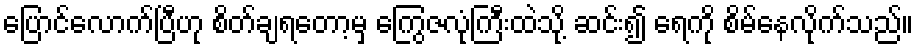
ပြောင်လောက်ပြီဟု စိတ်ချရတော့မှ ကြွေဇလုံကြီးထဲသို့ ဆင်း၍ ရေကို စိမ်နေလိုက်သည်။